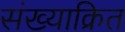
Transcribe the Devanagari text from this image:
संख्याक्रित